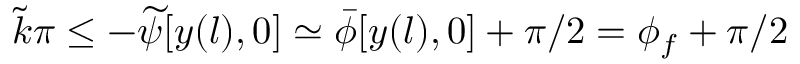
\tilde { k } \pi \le - \widetilde { \psi } [ y ( l ) , 0 ] \simeq \bar { \phi } [ y ( l ) , 0 ] + \pi / 2 = \phi _ { f } + \pi / 2